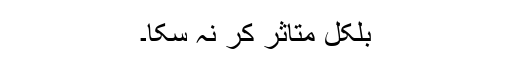
بلکل متاثر کر نہ سکا۔